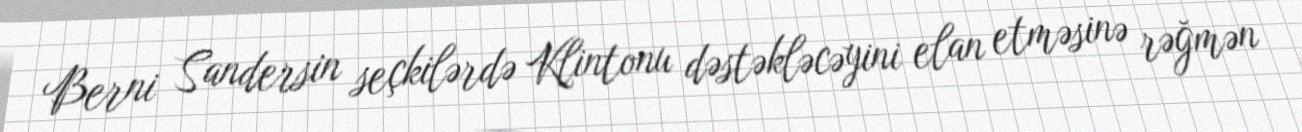
Berni Sandersin seçkilərdə Klintonu dəstəkləcəyini elan etməsinə rəğmən